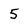
Character: 5